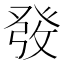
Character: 𤼲